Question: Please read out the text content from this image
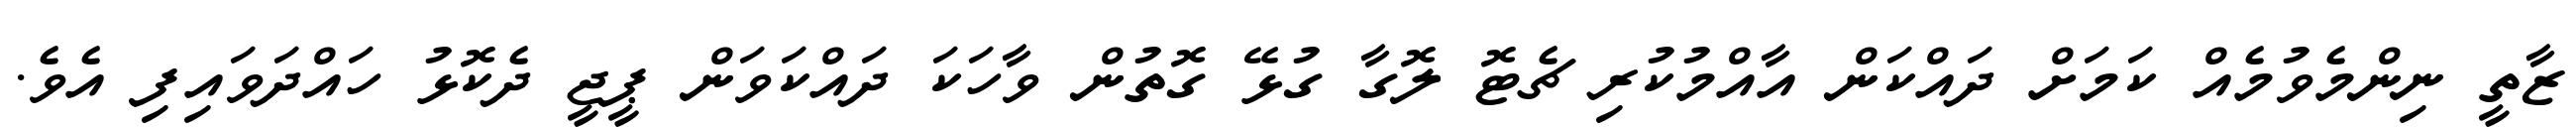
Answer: ޒާތީ ނިންމެވުމެއް ކަމަށް ދައްކަން އާއްމުކުރި ޗެޓޮ ލޮގާ ގުޅޭ ގޮތުން ވާހަކަ ދައްކަވަން ޕީޖީ ދެކޮޅު ހައްދަވައިފި އެވެ.